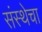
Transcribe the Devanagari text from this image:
संस्‍थेचा